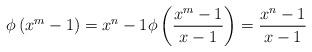
LaTeX: \begin{align*}\phi\left( x^m-1 \right) =x^n-1 \phi\left( \frac{x^m-1}{x-1} \right)=\frac{x^n-1}{x-1}\end{align*}